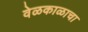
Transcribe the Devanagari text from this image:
वेळकाळाचा